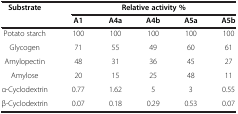
<table><thead><tr><td rowspan="2"><b>Substrate</b></td><td colspan="5"><b>Relative activity %</b></td></tr><tr><td><b>A1</b></td><td><b>A4a</b></td><td><b>A4b</b></td><td><b>A5a</b></td><td><b>A5b</b></td></tr></thead><tbody><tr><td>Potato starch</td><td>100</td><td>100</td><td>100</td><td>100</td><td>100</td></tr><tr><td>Glycogen</td><td>71</td><td>55</td><td>49</td><td>60</td><td>61</td></tr><tr><td>Amylopectin</td><td>48</td><td>31</td><td>36</td><td>45</td><td>27</td></tr><tr><td>Amylose</td><td>20</td><td>15</td><td>25</td><td>48</td><td>11</td></tr><tr><td>α-Cyclodextrin</td><td>0.77</td><td>1.62</td><td>5</td><td>3</td><td>0.55</td></tr><tr><td>β-Cyclodextrin</td><td>0.07</td><td>0.18</td><td>0.29</td><td>0.53</td><td>0.07</td></tr></tbody></table>